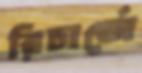
রিচার্জে